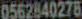
0562840278